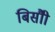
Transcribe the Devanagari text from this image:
बिसौी